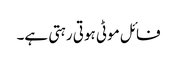
فائل موٹی ہوتی رہتی ہے۔